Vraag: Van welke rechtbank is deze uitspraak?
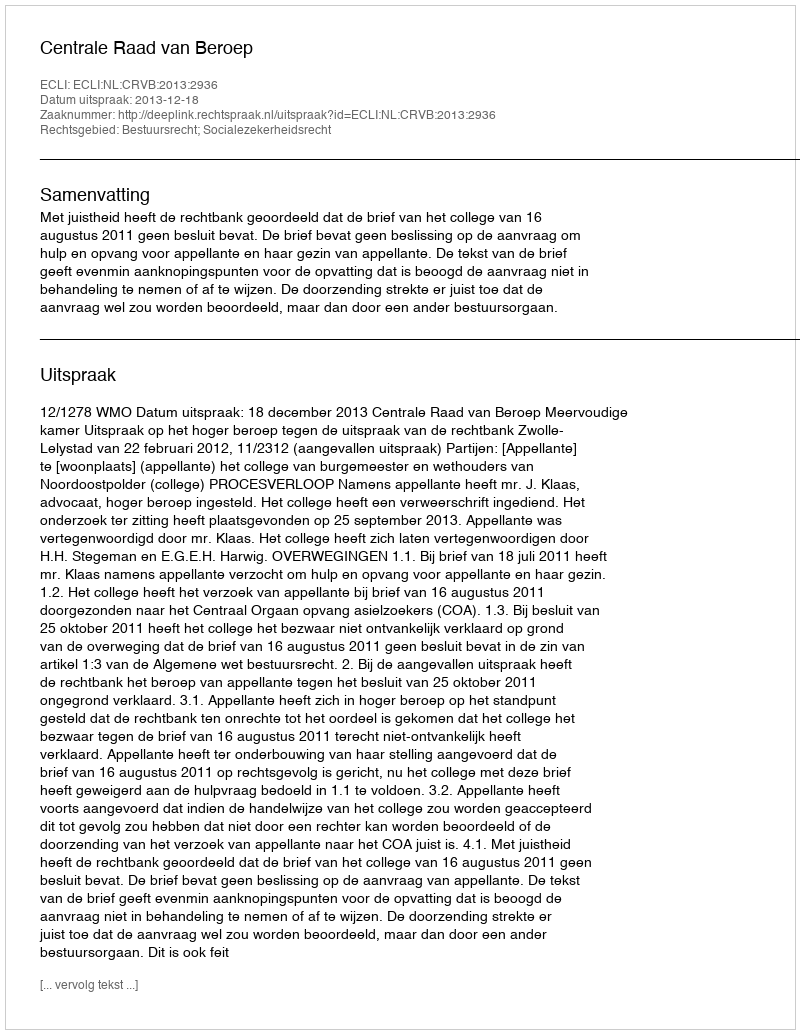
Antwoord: Centrale Raad van Beroep